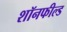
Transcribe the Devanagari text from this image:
शॉनफील्ड